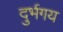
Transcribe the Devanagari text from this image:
दुर्भगय